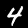
Label: 4